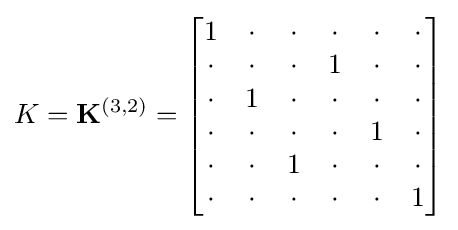
K=\mathbf {K} ^{(3,2)}={\begin{bmatrix}1&\cdot &\cdot &\cdot &\cdot &\cdot \\\cdot &\cdot &\cdot &1&\cdot &\cdot \\\cdot &1&\cdot &\cdot &\cdot &\cdot \\\cdot &\cdot &\cdot &\cdot &1&\cdot \\\cdot &\cdot &1&\cdot &\cdot &\cdot \\\cdot &\cdot &\cdot &\cdot &\cdot &1\\\end{bmatrix}}